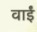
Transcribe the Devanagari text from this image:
वाईं